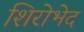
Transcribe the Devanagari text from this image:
शिरोभेद